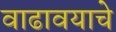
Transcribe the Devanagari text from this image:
वाढावयाचे